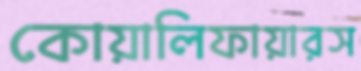
কোয়ালিফায়ারস